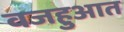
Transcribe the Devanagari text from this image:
वजहुआत